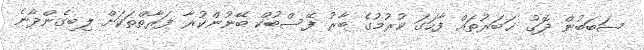
ސަބަބުން ދޮގު ޚަބަރުތައް ފާހަގަ ކުރުމުގެ ބާރު ފޭސްބުކް ބޭނުންކުރާ ފަރާތްތަކަށް ލިބިގެންދާނެ